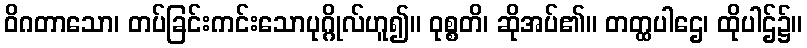
ဝိဂတာသော၊ တပ်ခြင်းကင်းသောပုဂ္ဂိုလ်ဟူ၍။ ဝုစ္စတိ၊ ဆိုအပ်၏။ တတ္ထပါဌေ၊ ထိုပါဌ်၌။